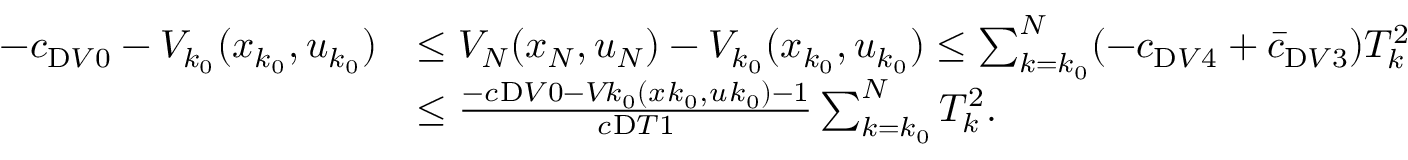
\begin{array} { r l } { - c _ { \mathrm { Ḋ } V Ḍ 0 } - V _ { k _ { 0 } } ( x _ { k _ { 0 } } , u _ { k _ { 0 } } ) } & { \leq V _ { N } ( x _ { N } , u _ { N } ) - V _ { k _ { 0 } } ( x _ { k _ { 0 } } , u _ { k _ { 0 } } ) \leq \sum _ { k = k _ { 0 } } ^ { N } ( - c _ { \mathrm { Ḋ } V Ḍ 4 } + \bar { c } _ { \mathrm { Ḋ } V Ḍ 3 } ) T _ { k } ^ { 2 } } \\ & { \leq \frac { - c _ { Ḋ } \mathrm { Ḋ } V Ḍ 0 Ḍ - V _ { Ḋ } k _ { 0 } Ḍ ( x _ { Ḋ } k _ { 0 } Ḍ , u _ { Ḋ } k _ { 0 } Ḍ ) - 1 } { c _ { Ḋ } \mathrm { Ḋ } T Ḍ 1 Ḍ } \sum _ { k = k _ { 0 } } ^ { N } T _ { k } ^ { 2 } . } \end{array}